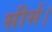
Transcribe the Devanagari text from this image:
सीर्स।